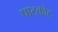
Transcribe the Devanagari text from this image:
पाटकोट